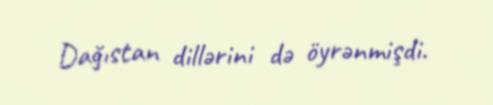
Dağıstan dillərini də öyrənmişdi.